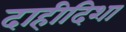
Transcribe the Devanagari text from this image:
दाहीदिशा